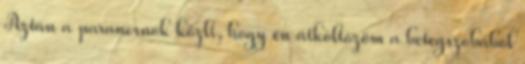
Aztán a parancsnok közli, hogy én átköltözöm a betegszobából